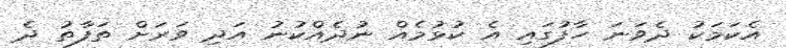
އެކަމަކު ދެވަނަ ހާފުގައި އެ ކުޅުމެއް ނުދެއްކުނު އަދި ވަރަށް ތަފާތު ދެ